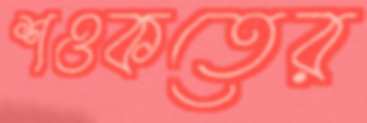
শওকতের